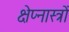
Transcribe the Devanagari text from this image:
क्षेप्नास्त्रों